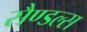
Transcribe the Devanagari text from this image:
सैण्डल्स